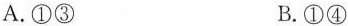
A.①③ B.①④